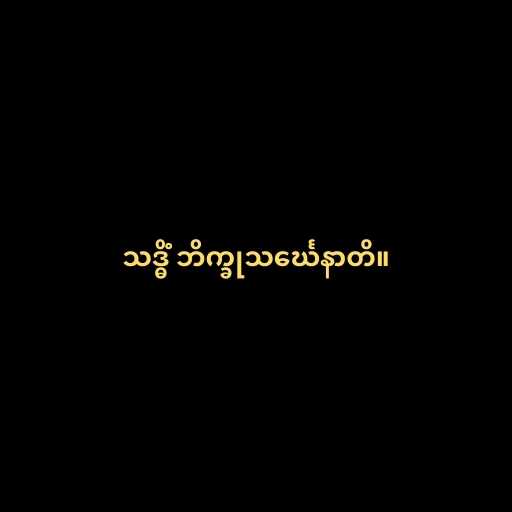
သဒ္ဓိံ ဘိက္ခုသင်္ဃေနာတိ။